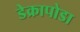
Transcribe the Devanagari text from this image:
डेक्रापोडा